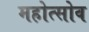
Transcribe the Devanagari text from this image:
महोत्सोव